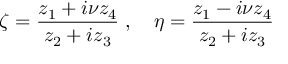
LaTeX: \zeta = \frac { z _ { 1 } + i \nu z _ { 4 } } { z _ { 2 } + i z _ { 3 } } \; , \quad \eta = \frac { z _ { 1 } - i \nu z _ { 4 } } { z _ { 2 } + i z _ { 3 } }